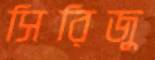
সিরিজু